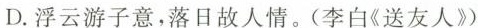
D.浮云游子意，落日故人情。(李白《送友人》)